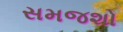
સમજશો